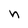
Character: n